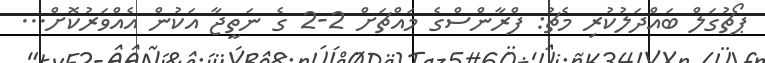
ޕޯޗުގަލް ބައްދަލުކުރި މެޗު: ފްރާންސްގެ މައްޗަށް 2-2 ގެ ނަތީޖާ އަކުން އެއްވަރުކޮށް...